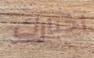
اخبارك